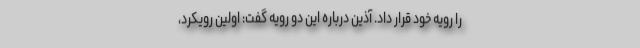
را رویه خود قرار داد. آذین درباره این دو رویه گفت: اولین رویکرد،